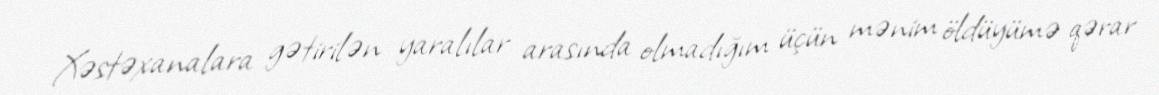
Xəstəxanalara gətirilən yaralılar arasında olmadığım üçün mənim öldüyümə qərar